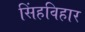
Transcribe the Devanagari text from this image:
सिंहविहार